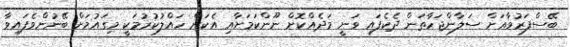
ބޭސްފަރުވާއަށް ސަލާންޖަހާތަން ދެކެފައި ވަނީ މަދެއްކޮށް ނޫންކަމަށާއި އެކަން ހައްލުކުރުމަކީ މިގައުމަށް ބޭނުންވެފައިވާ